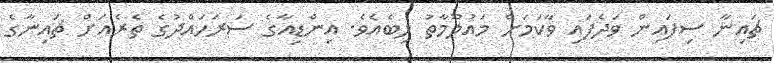
ޗައިނާ ސިފައިން ވަދެފައި ވާކަމަށް މައުލޫމާތު ލިބެއެވެ. އިންޑިއާގެ ސަރަހައްދުގެ ތެރެއަށް ޗައިނާގެ